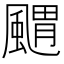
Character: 䬑